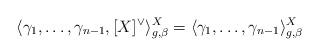
LaTeX: \begin{align*}\langle \gamma_1, \ldots, \gamma_{n-1}, [X]^\vee\rangle_{g,\beta}^X = \langle \gamma_1, \ldots, \gamma_{n-1}\rangle_{g,\beta}^X\end{align*}